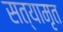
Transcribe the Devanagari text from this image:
सत्यामृत